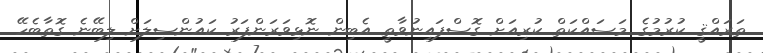
ތަރައްޤީ ކުރުމުގެ މަސައްކަތް ކުރިއަށް ގޮސްފައިނުވާތީ އެބިން ނޮޅިވަރަންފަރު ކައުންސިލަށް ލިބޭނެ ގޮތާބެހޭ